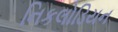
નિકલોડિયન